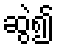
ဆွဲ၍